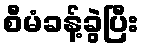
စီမံခန့်ခွဲပြီး